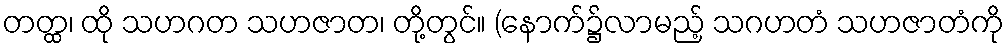
တတ္ထ၊ ထို သဟဂတ သဟဇာတ၊ တို့တွင်။ (နောက်၌လာမည့် သဂဟတံ သဟဇာတံကို